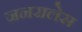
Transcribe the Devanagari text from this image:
जनरालेस